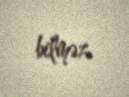
bilməz.